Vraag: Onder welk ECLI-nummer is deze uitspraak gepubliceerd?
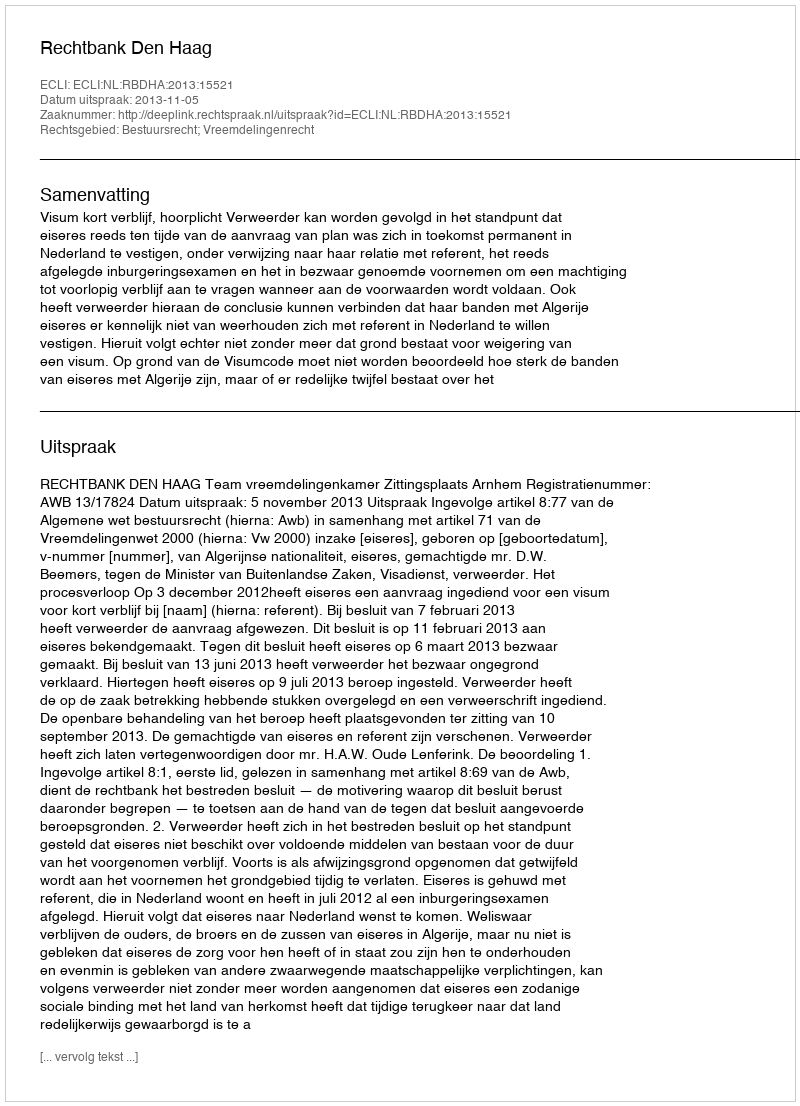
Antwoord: ECLI:NL:RBDHA:2013:15521